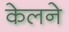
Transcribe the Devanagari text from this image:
केलने